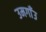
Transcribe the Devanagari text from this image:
उमगाँउ